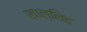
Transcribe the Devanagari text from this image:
खाल्लिद